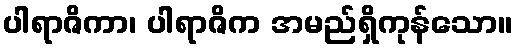
ပါရာဇိကာ၊ ပါရာဇိက အမည်ရှိကုန်သော။